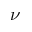
\nu